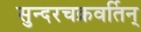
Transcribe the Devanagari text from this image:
सुन्दरचक्रवर्तिन्